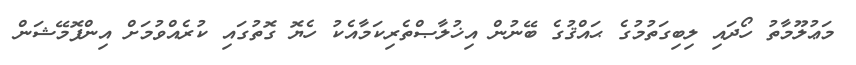
މަޢުލޫމާތު ހޯދައި ލިބިގަތުމުގެ ޙައްޤުގެ ބޭނުން އިޚުލާޞްތެރިކަމާއެކު ހެޔޮ ގޮތުގައި ކުރެއްވުމަށް އިންފޮމޭޝަން